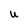
Character: u